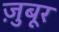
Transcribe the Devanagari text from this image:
ज़ुबूर